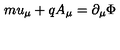
m u _ { \mu } + q A _ { \mu } = \partial _ { \mu } \Phi